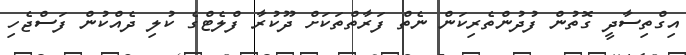
އިގްތިސާދީ ގޮތުން ފުދުންތެރިކަން ނެތް ފަރާތްތަކަށް ދޫކުރާ ފްލެޓްގެ ކުލި ދެއްކުން ފަސްޖެހި